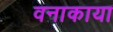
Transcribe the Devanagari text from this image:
वनाकाया